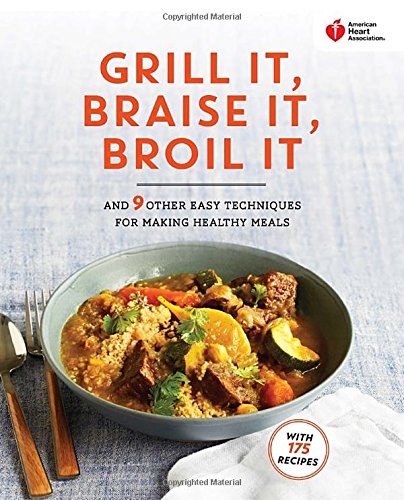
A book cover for American Heart Association Grill It, Braise It, Broil It: And 9 Other Easy Techniques for Making Healthy Meals; American Heart Association; Health, Fitness & Dieting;